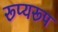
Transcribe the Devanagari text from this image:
रूप्यरूप